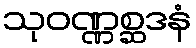
သုဝဏ္ဏစ္ဆဒနံ